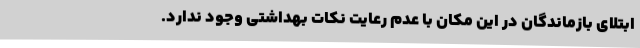
ابتلای بازماندگان در این مکان با عدم رعایت نکات بهداشتی وجود ندارد.